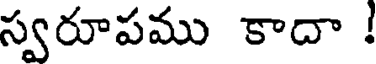
స్వరూపము కాదా !